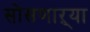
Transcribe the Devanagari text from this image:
सोसणाऱ्या